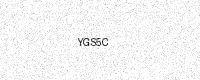
Text: YGS5C